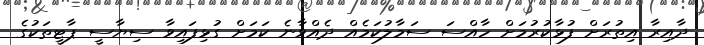
ދާއިރާ އިތުރަށް ފުޅާކުރުމަށް ހާއްސަ ސަމާލުކަމެއް ދެއްވާނެ ކަމަށް ގުޅިފައިވާ ސިޔާސީ ޕާޓީތަކުގެ